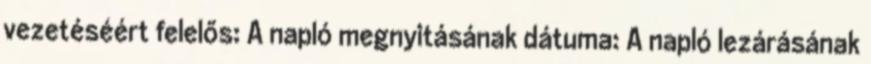
vezetéséért felelős: A napló megnyitásának dátuma: A napló lezárásának